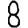
Digit: 8